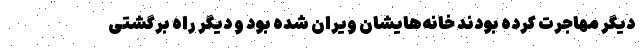
دیگر مهاجرت کرده بودند خانه‌هایشان ویران شده بود و دیگر راه برگشتی